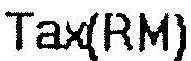
TAX(RM)